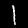
Label: 1